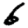
Digit: 6